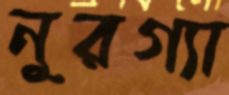
নুরগ্যা